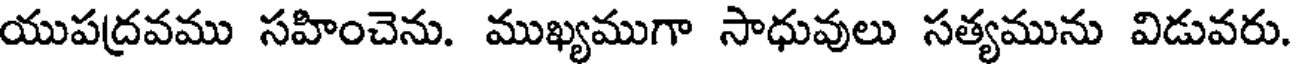
యుపద్రవము సహించెను. ముఖ్యముగా సాధువులు సత్యమును విడువరు.